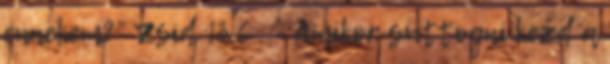
énnekem?” Zsid 13,6 . - Amikor suttogni kezd a